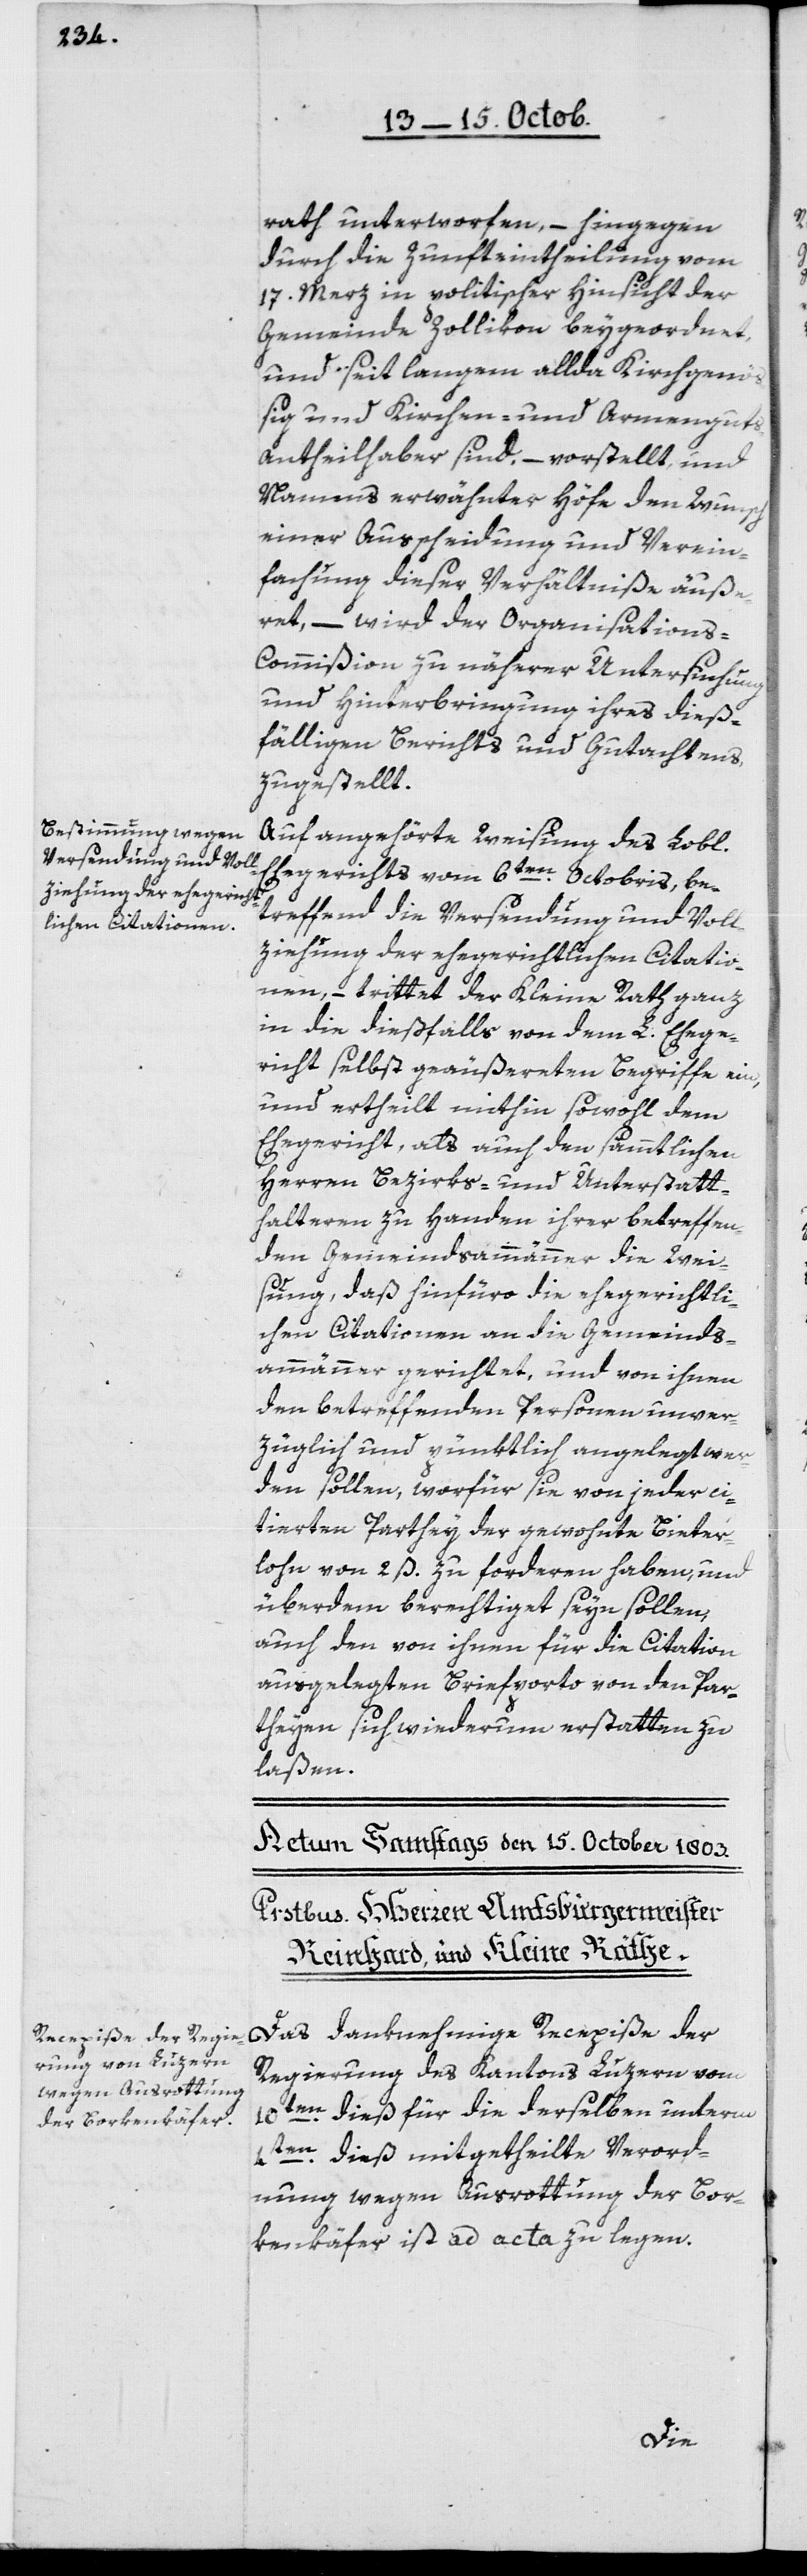
rath unterworfen, – hingegen
durch die Zunfteintheilung vom
17. Merz in politischer Hinsicht der
Gemeinde Zollikon beygeordnet
und seit langem allda Kirchgenö¬
ßig und Kirchen- und Armenguts¬
antheilhaber sind, – vorstellt, und
Namens erwähnter Höfe den Wunsch
einer Ausscheidung und Verein¬
fachung dieser Verhältniße äuße¬
ret, – wird der Organisation¬
s-Commißion zu näherer Untersuchung
und Hinterbringung ihres dieß¬
fälligen Berichts und Gutachtens
zugestellt.
Auf angehörte Weisung des Lobl.
Ehegerichts vom 6ten Octobris, be¬
treffend die Versendung und Voll¬
ziehung der ehegerichtlichen Citatio¬
nen, – trittet der Kleine Rath ganz
in die dießfalls von dem L. Ehege¬
richt selbst geäußerten Begriffe ein,
und ertheilt mithin sowohl dem
Ehegericht, als auch den sämmtlichen
Herren Bezirks- und Unterstatt¬
halteren zu Handen ihrer betreffen¬
den Gemeindsammännern die Wei¬
sung, daß hinfüro die ehegerichtli¬
chen Citationen an die Gemeinds¬
ammänner gerichtet, und von ihnen
den betreffenden Personen unver¬
züglich und pünktlich angelegt wer¬
den sollen, worfür sie von jeder ci¬
tierten Parthey der gewohnte Bieter¬
lohn von 2 ß zu forderen haben, und
über dem berechtiget seyn sollen,
auch den von ihnen für die Citation
ausgelegten Briefporto von den Par¬
theyen, sich wiederum erstatten zu
laßen.
Das danknehmige Recepiße der
Regierung des Kantons Luzern vom
10ten dieß für die derselben unterm
4ten dieß mitgetheilte Verord¬
nung wegen Ausrottung der Bor¬
kenkäfer ist ad acta zu legen.